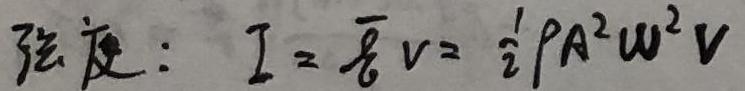
强度：$I = \overline{E}v=\frac{1}{2}\rho A^{2}\omega^{2}v$